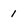
Character: 1